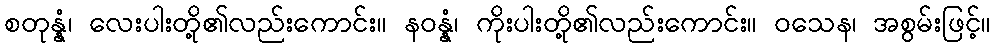
စတုန္နံ၊ လေးပါးတို့၏လည်းကောင်း။ နဝန္နံ၊ ကိုးပါးတို့၏လည်းကောင်း။ ဝသေန၊ အစွမ်းဖြင့်။